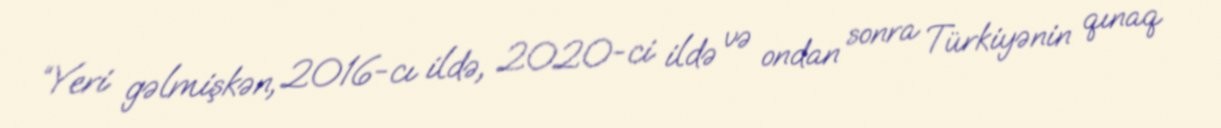
“Yeri gəlmişkən, 2016-cı ildə, 2020-ci ildə və ondan sonra Türkiyənin qınaq